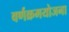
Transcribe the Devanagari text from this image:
वर्णक्रमयोजना